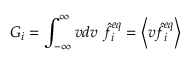
G _ { i } = \int _ { - \infty } ^ { \infty } v d v \ \hat { f } _ { i } ^ { e q } = \left\langle v \hat { f } _ { i } ^ { e q } \right\rangle